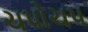
ચપોચપ